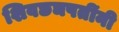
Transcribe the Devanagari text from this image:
शिवछञपतींनी